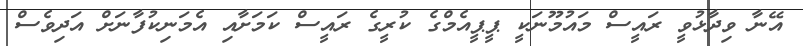
އޭނާ ވިދާޅުވީ ރައީސް މައުމޫނަކީ ޕީޕީއެމްގެ ކުރީގެ ރައީސް ކަމަށާއި އެމަނިކުފާނަށް އަދިވެސް